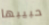
حبيبها